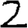
Digit: 2